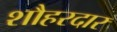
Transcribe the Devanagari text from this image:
शौहरदार